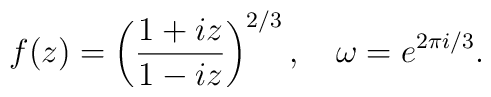
f(z)=\left(\frac{1+ iz}{1-iz}\right)^{2/3},\quad\omega=e^{2\pi i/3} .